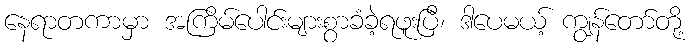
နေရာတကာမှာ အကြိမ်ပေါင်းများစွာခံခဲ့ရဖူးပြီ၊ ဒါပေမယ့် ကျွန်တော်တို့